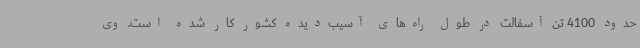
حدود 4100 تن آسفالت در طول راه‌های آسیب‌دیده کشور کار شده است. وی